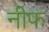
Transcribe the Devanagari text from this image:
नीफ